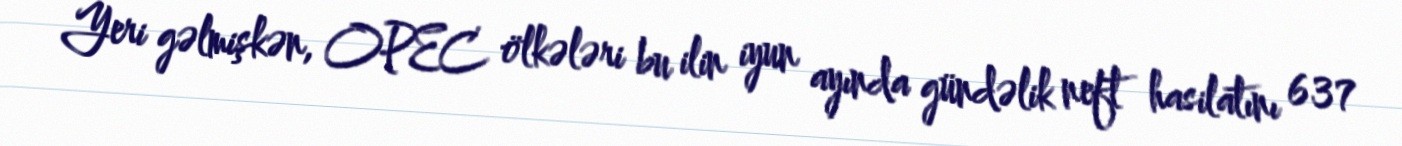
Yeri gəlmişkən, OPEC ölkələri bu ilin iyun ayında gündəlik neft hasilatını 637